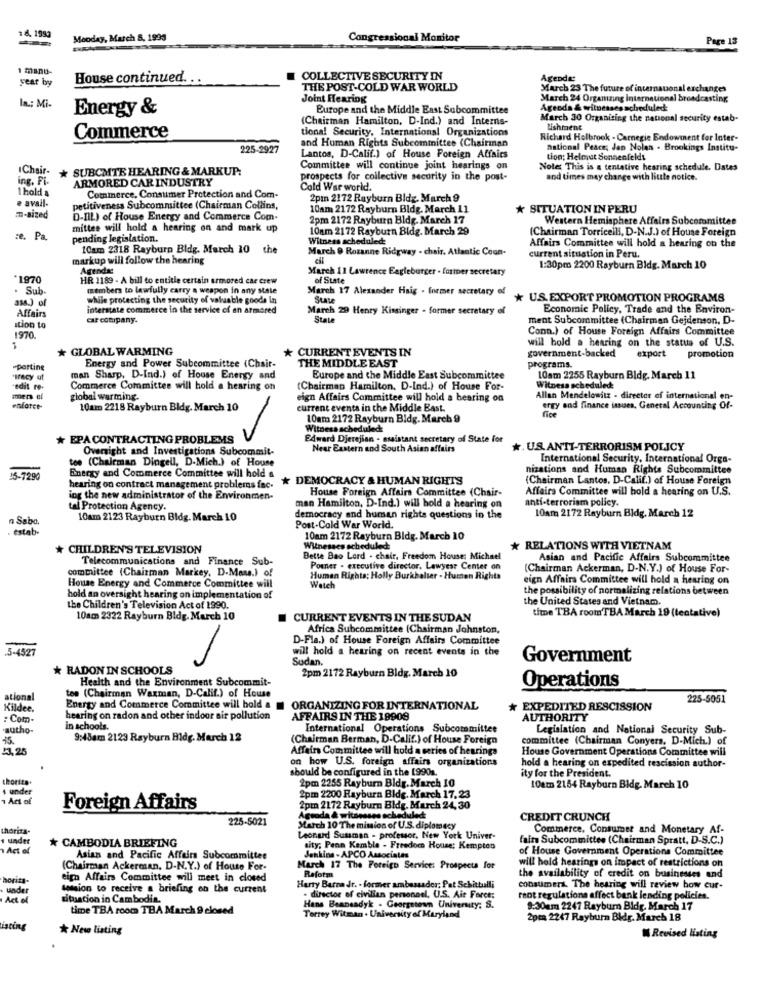
18. 1993
Monday, March &, 1995
Congressional Monitor
Page 13
1 manu-
year by
House continued ...
COLLECTIVE SECURITY IN
Agende:
THE POST-COLD WAR WORLD
March 23 The future of internauonal exchanges
Joint Hearing
March 24 Orgamzing international broadcasting
In .; Mi-
Energy &
Europe and the Middle East Subcommittee
Agenda & witnesses scheduled:
(Chairman Hamilton, D-Ind.) and Interns-
March 30 Organizing the national security estab-
tional Security, International Organizations
Lishment
Commerce
Richard Holbrook - Carnegie Endowment for Inter-
225-2927
and Human Rights Subcommittee (Chairman
national Peace; Jan Nolan . Brookings Institu-
Lantos, D-Calif.) of House Foreign Affairs
tion; Heleout Sonnenfelds
IChair-
* SUBCMTE HEARING & MARKUP:
Committee will continue joint hearings on
Note: This is a tentative hearing schedule. Dates
ing. Fi-
ARMORED CAR INDUSTRY
prospects for collective security in the post-
and times may change with little notice.
I hold &
Cold War world.
Commerce, Consumer Protection and Com-
2pm 2172 Rayburn Bldg. March 9
e avail-
petitiveness Subcommittee (Chairman Collins,
10am 2172 Rayburn Bldg. March 11
* SITUATION IN PERU
.- sized
D-IIL) of House Energy and Commerce Com.
2pm 2172 Rayburn Bldg. March 17
Western Hemisphere Affairs Subcommittee
mittee will hold a hearing on and mark up
10am 2172 Rayburn Bldg. March 29
(Chairman Torricelli, D-N.J.) of House Foreign
:e. Pa.
pending legislation.
Witness scheduled
10am 2318 Rayburn Bldg. March 10 the
March @ Rozanne Ridgway - chair. Atlantic Coun-
Affairs Committee will hold a hearing on the
markup will follow the hearing
current situation in Peru.
Agenda:
March 11 Lawrence Eagleburger . former secretary
1:30pm 2200 Rayburn Bidg. March 10
HR 1189 - A bill to entitle certain armored car crew
of State
. Sub-
members to lawfully carry a weapon in any state
March 17 Alexander Haig . former secretary of
while protecting the security of valuable goods In
State
* US.EXPORT PROMOTION PROGRAMS
Affairs
interstate commerce in the service of an armored
March 29 Henry Kissinger - former secretary of
Economic Policy, Trade and the Environ-
car company.
State
ment Subcommittee (Chairman Gejdenson, D-
Ition to
Conn.) of House Foreign Affairs Committee
1970
will hold a hearing on the status of U.S.
* GLOBAL WARMING
CURRENT EVENTS IN
Energy and Power Subcommittee (Chair-
THE MIDDLE EAST
government-backed
export
promotion
sporting
programs.
"tracy ut
man Sharp, D-Ind.) of House Energy and
Europe and the Middle East Subcommittee
10am 2255 Rayburn Bldg, March 11
"edit re-
Commerce Committee will hold a hearing on
(Chairman Hamilton, D-Ind.) of House For-
Witness scheduled:
global warming.
eign Affairs Committee will hold a bearing on
Allan Mendelowitz - director of international en-
enforce-
10am 2218 Rayburn Bldg. March 10
current events in the Middle East.
ergy and finance issues, General Accounting Of-
10am 2172 Rayburn Bidg. March 9
Witness scheduled
* EPA CONTRACTING PROBLEMS
Edward Djerejian - assistant secretary of State for
Oversight and Investigations Subcommit-
Near Eastern and South Asian affairs
*. U.S. ANTI-TERRORISM POLICY
tee (Chairman Dingell, D-Mich.) of House
International Security, International Orga-
Energy and Commerce Committee will hold s
nizations and Human Rights Subcommittee
15-7990
* DEMOCRACY & HUMAN RIGHTS
(Chairman Lantos, D-Calif.) of House Foreign
hearing on contract management problems fac-
House Foreign Affairs Committee (Chair-
Affairs Committee will hold a hearing on U.S.
ing the new administrator of the Environmen-
anti-terrorism policy.
tal Protection Agency.
man Hamilton, D-Ind.) will hold a hearing on
n Sabo,
10am 2123 Rayburn Bldg. March 10
democracy and human rights questions in the
10am 2172 Rayburn Bldg. March 12
. estab-
Post-Cold War World.
10am 2172 Rayburn Bldg. March 10
CHILDREN'S TELEVISION
Witnesses scheduled
* RELATIONS WITH VIETNAM
Telecommunications and Finance Sub-
Bette Bao Lord . chair, Freedom House: Michael
Asian and Pacific Affairs Subcommittee
committee (Chairman Markey, D.Mons.) of
Pomer - executive director. Lawyesr Center on
(Chairman Ackerman, D-N.Y.) of House For-
Human Rights: Holly Burkhalter - Human Rights
eign Affairs Committee will hold a hearing on
House Energy and Commerce Committee will
Watch
the possibility of normalizing relations between
hold an oversight hearing on implementation of
the United States and Vietnam.
the Children's Television Act of 1990.
time TBA roomTBA March 19 (tentative)
10am 2322 Rayburn Bldg. March 10
CURRENT EVENTS IN THE SUDAN
Africa Subcommittee (Chairman Johnston,
D-Fla.) of House Foreign Affairs Committee
5-4527
will hold a hearing on recent events in the
Sudan.
Government
* RADON IN SCHOOLS
2pm 2172 Rayburn Bldg. March 10
Health and the Environment Subcommit-
Operations
tee (Chairman Waxman, D-Calif.) of House
ational
225-5051
Kildee.
Energy and Commerce Committee will hold & # ORGANIZING FOR INTERNATIONAL
EXPEDITED RESCISSION
: Com.
hearing on radon and other indoor air pollution
AFFAIRS IN THE 19909
AUTHORITY
'autho-
in schools.
International Operations Subcommittee
Legislation and National Security Sub-
15.
9:48am 2123 Rayburn Bldg. March 12
(Chairman Berman, D-Calif.) of House Foreign
committee (Chairman Conyers, D-Mich) of
17,25
Affairs Committee will hold a series of hearings
House Government Operations Committee will
on how U.S. foreign affairs organizations
should be configured in the 1990s.
hold a hearing on expedited rescission author-
ity for the President.
s under
2pm 2255 Rayburn Bldg. March 10
10am 2154 Rayburn Bidg. March 10
Act of
2pm 2200 Rayburn Blde. March 17.23
Foreign Affairs
2pm 2172 Rayburn Bldg. March 24, 30
225-5021
Aguada & witzposso scheduled
CREDIT CRUNCH
thorita-
March 10 The mission of U.S. diplomacy
Commerce, Consumer and Monetary Af-
under
Leonard Sussman - professor, New York Univer-
faits Subcommittee (Chairman Spratt, D-S.C.)
Act of
* CAMBODIA BRIEFING
sity; Penn Kemble - Freedom House; Kempten
of House Government Operations Committee
Asian and Pacific Affairs Subcommittee
Jenkins - APCO Associates
will hold hearings on impact of restrictions on
(Chairman Ackerman. D-N.Y.) of House For-
March 17 The Foreign Service: Prospects for
horita-
eign Affairs Committee will meet in closed
Reform
the availability of credit on businesses and
under
Somsion to receive a briefing on the current
Harty Barna Jr. - former ambassador; Pat Sebattulli
consumers. The hearing will review how cur-
Act of
situation in Cambodia.
or of civilian personnel, U.S. Air Force:
rent regulations affect bank lending policies.
time TBA room TBA March 9 closed
Hans Beansadyk - Georgetown University; S.
9:30mm 2247 Rayburn Bidy. March 17
Terrey Witman . University of Maryland
2pm 2247 Rayburn Bldr. March 18
isting
* Nes listing
Revised listing